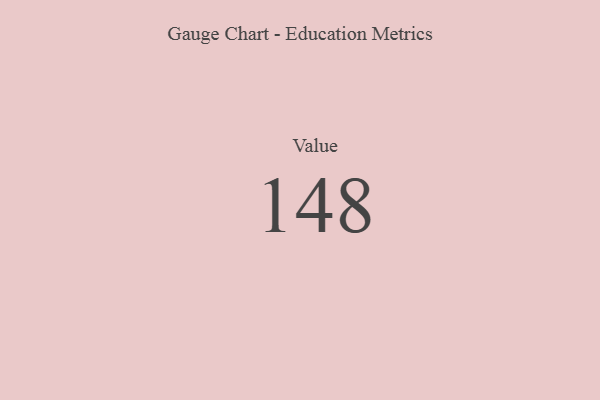
{"axis": {"x": "Metric", "y": "Value"}, "legend": [""], "data": [{"x": "Value", "y": 148, "type": ""}]}